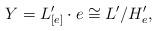
LaTeX: \begin{align*}Y=L'_{[e]}\cdot e\cong L'/H'_e,\end{align*}